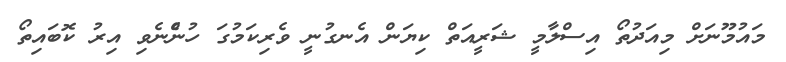
މައުމޫނަށް މިއަދުތޯ އިސްލާމީ ޝަރީއަތް ކިޔަން އެނގުނީ ވެރިކަމުގަ ހުންެނެވި އިރު ކޮބައިތޯ